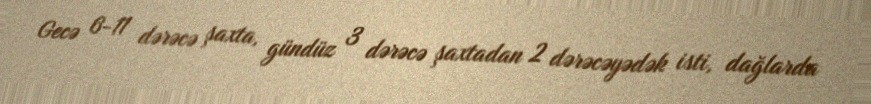
Gecə 6-11 dərəcə şaxta, gündüz 3 dərəcə şaxtadan 2 dərəcəyədək isti, dağlarda